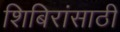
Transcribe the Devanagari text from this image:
शिबिरांसाठी